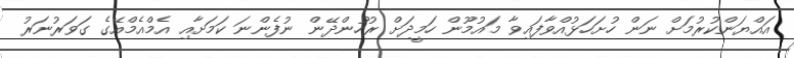
އައްޔަންކުރުމަށް ނަން ހުށަހަޅުއްވާފައިވާ މައުމޫން ހަމީދަށް ރުހުންދޭން ނުފެންނަ ކަމަށާއި އެމްއެމްއޭގެ ގަވަރުނަރު